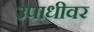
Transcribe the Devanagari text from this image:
उपाधीवर